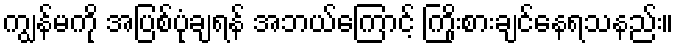
ကျွန်မကို အပြစ်ပုံချရန် အဘယ်ကြောင့် ကြိုးစားချင်နေရသနည်း။